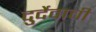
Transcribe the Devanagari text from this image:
दुर्देवाची